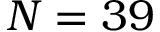
N = 3 9